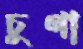
চুণা